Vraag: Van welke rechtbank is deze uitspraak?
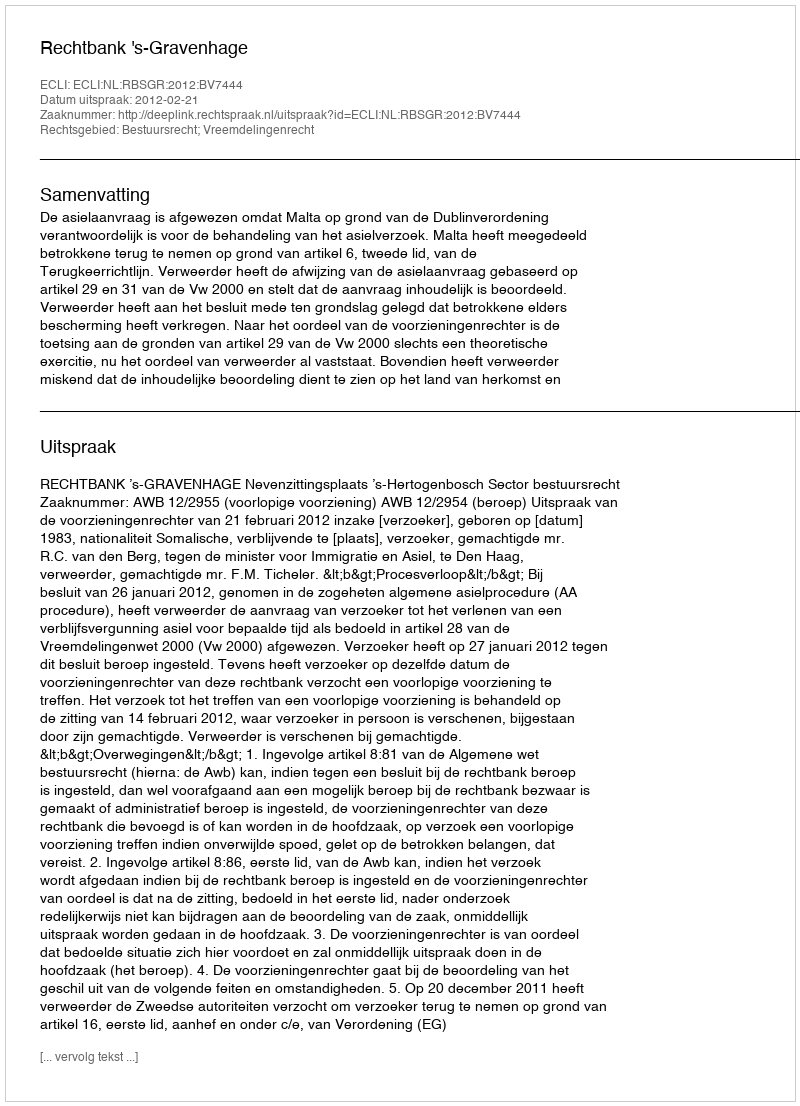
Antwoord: Rechtbank 's-Gravenhage